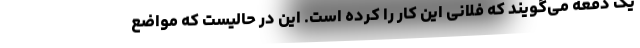
یک دفعه می‌گویند که فلانی این کار را کرده است. این در حالیست که مواضع